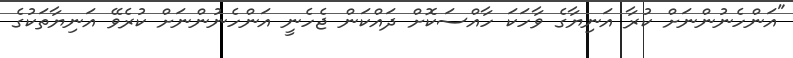
"އަންހެނުންނަށް ކުރާ އަނިޔާގެ ވާހަކަ ހާއްސަކޮށް ދައްކަން ޖެހެނީ އަންހެނުންނަށް ކުރެވޭ އަނިޔާތަކުގެ